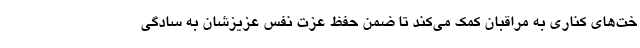
خت‌های کناری به مراقبان کمک می‌کند تا ضمن حفظ عزت نفس عزیزشان به سادگی